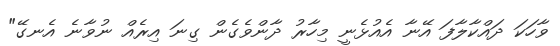
ވާހަކަ ދައްކާލާފަ އޭނާ އެއުޅެނީ މިހާރު ދާންވެގެން ގިނަ އިރެއް ނުވާނެ އެނގޭ"